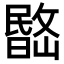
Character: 𣊽